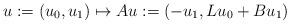
LaTeX: \begin{align*}u := (u_{0},u_{1}) \mapsto Au := \left(-u_{1}, L u_{0} + B u_{1} \right)\end{align*}